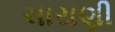
ચાયણી